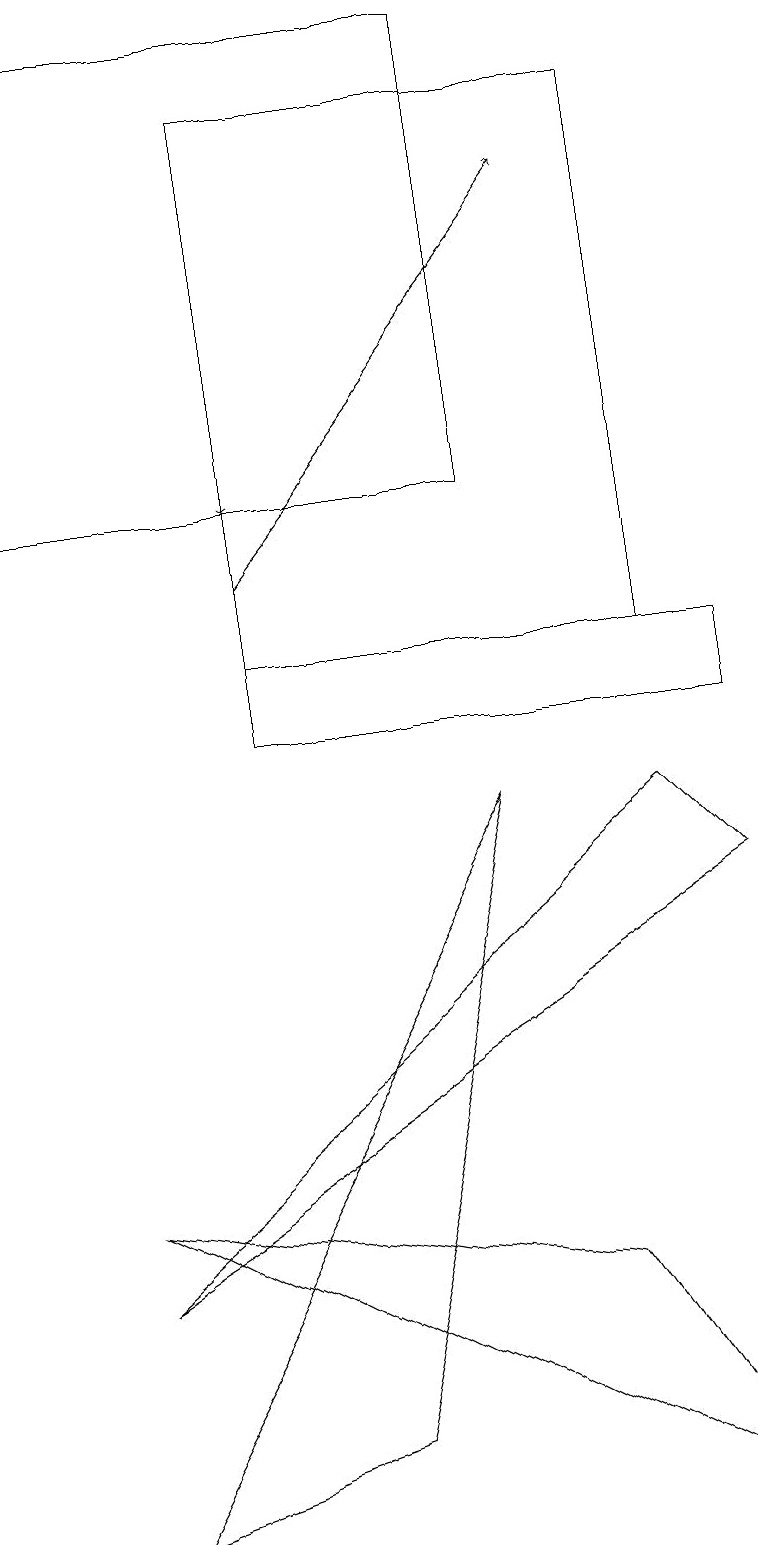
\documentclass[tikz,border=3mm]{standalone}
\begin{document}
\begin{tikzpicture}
\draw[->] (3,12) -- (7,17);
\draw (7,3) -- (1,4) -- (9,0) -- cycle;
\draw (4,1) -- (6,9) -- (1,0) -- cycle;
\draw (9,11) rectangle (3,10);
\draw (3,11) rectangle (8,18);
\draw[->] (3,14) -- (3,13);
\draw (0,13) rectangle (6,19);
\draw (1,3) -- (8,9) -- (9,8) -- cycle;
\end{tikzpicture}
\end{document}